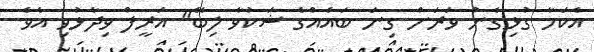
އެކަމާ ގުޅިގެން ވަރަށް ގިނަ ބައެއްގެ ޝަކުވާ ލިބޭ" އަރީފް ވިދާޅުވި އެވެ.